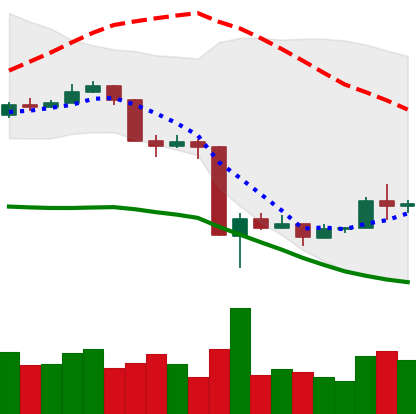
Ticker: BNB-USD
Chart end date: 2020-03-21
Forward return: 9.617%
Label: up_7plus